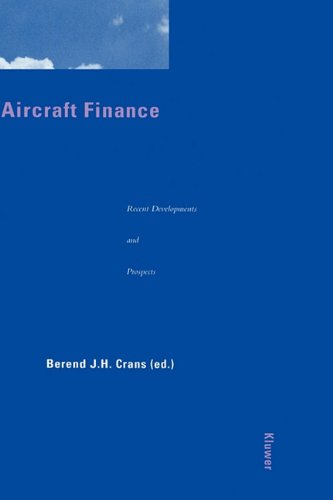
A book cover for Aircraft Finance: Recent Developments & Prospects; Berend J.H. Crans; Law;